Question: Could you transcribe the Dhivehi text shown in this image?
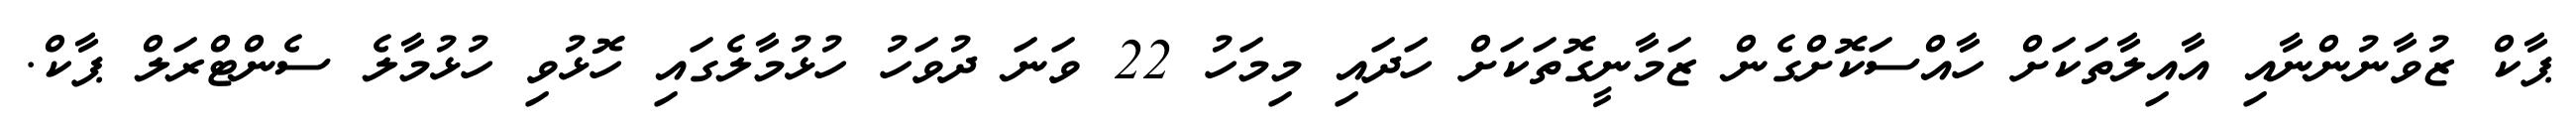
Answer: ޕާކް ޒުވާނުންނާއި އާއިލާތަކަށް ހާއްސަކޮށްގެން ޒަމާނީގޮތަކަށް ހަދައި މިމަހު 22 ވަނަ ދުވަހު ހުޅުމާލެގައި ހޮޅުވި ހުޅުމާލެ ސެންޓްރަލް ޕާކް.